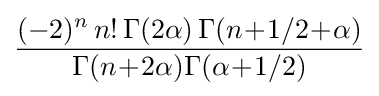
{\frac {(-2)^{n}\,n!\,\Gamma (2\alpha )\,\Gamma (n\!+\!1/2\!+\!\alpha )}{\Gamma (n\!+\!2\alpha )\Gamma (\alpha \!+\!1/2)}}